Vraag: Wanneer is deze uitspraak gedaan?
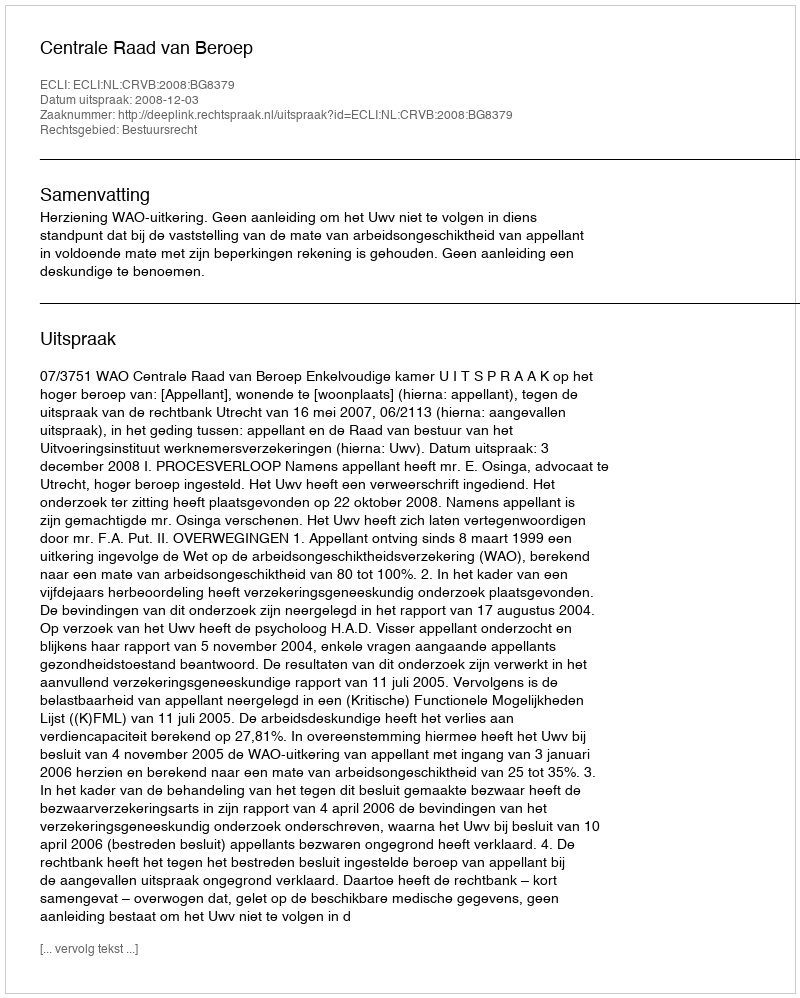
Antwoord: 2008-12-03